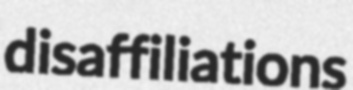
disaffiliations